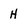
Character: H